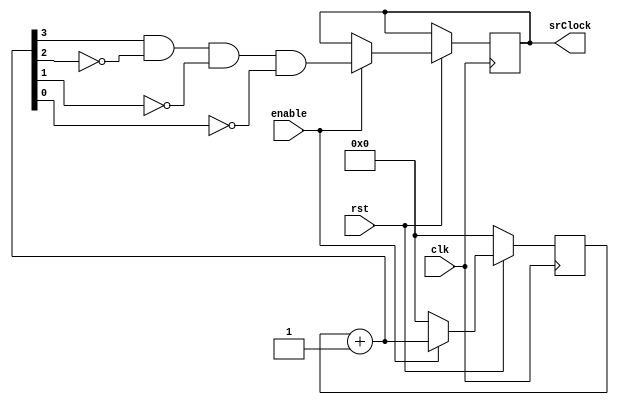
//S/R Clock control will be 1 after 8 clock cycles.
module bsc (rst, clk, enable, srClock);
	input rst, clk, enable;
	output reg srClock;
	reg[3:0] bitSampleCount;
	
	always @(posedge clk) begin
		if(!rst)
			begin
				bitSampleCount = 4'b0000;
			end
		else if(enable) 
			begin
				bitSampleCount = bitSampleCount + 1'b1;
				srClock = bitSampleCount[3] & ~bitSampleCount[2] & ~bitSampleCount[1] & ~bitSampleCount[0];
			end
		else 	
			begin
				bitSampleCount = 4'b0000;
			end
	end
endmodule